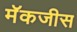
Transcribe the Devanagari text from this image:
मॅकजीस